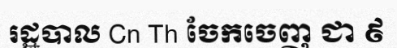
រដ្ឋបាល Cn Th ចែកចេញ ជា ៩